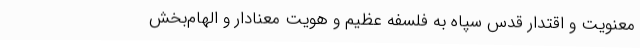
معنویت و اقتدار قدس سپاه به فلسفه عظیم و هویت معنادار و الهام‌بخش